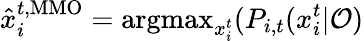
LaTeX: \hat{x}_{i}^{t,\mathrm{MMO}}=\mathrm{argmax}_{x_{i}^{t}}(P_{i,t}(x_{i}^{t}|\mathcal{O})